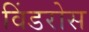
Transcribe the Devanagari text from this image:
विंडरोस